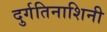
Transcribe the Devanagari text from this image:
दुर्गतिनाशिनी